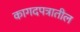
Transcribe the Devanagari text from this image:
कागदपत्रातील